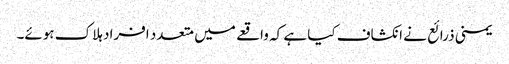
یمنی ذرائع نے انکشاف کیا ہے کہ واقعے میں متعدد افراد ہلاک ہوئے۔